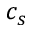
c _ { s }